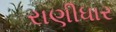
રાણીધાર